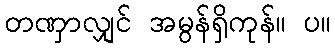
တဏှာလျှင် အမွန်ရှိကုန်။ ပ။